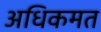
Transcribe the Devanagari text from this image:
अधिकमत